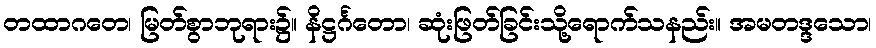
တထာဂတေ၊ မြတ်စွာဘုရား၌။ နိဋ္ဌင်္ဂတော၊ ဆုံးဖြတ်ခြင်းသို့ရောက်သနည်း။ အမတဒ္ဒသော၊